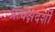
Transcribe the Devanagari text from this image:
प्रत्यक्षदर्शीं